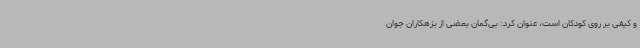
و کیفی بر روی کودکان است، عنوان کرد: بی‌گمان بعضی از بزهکاران جوان